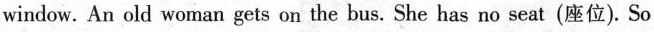
window. An old woman gets on the bus. She has no seat (座位). So